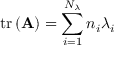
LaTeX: \operatorname { t r } \left( \mathbf { A } \right) = \sum _ { i = 1 } ^ { N _ { \lambda } } { { n _ { i } } \lambda _ { i } }